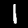
Label: 1